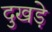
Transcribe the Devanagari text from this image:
दुखड़े